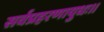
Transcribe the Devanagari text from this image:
सर्वप्रहरणायुधः।।